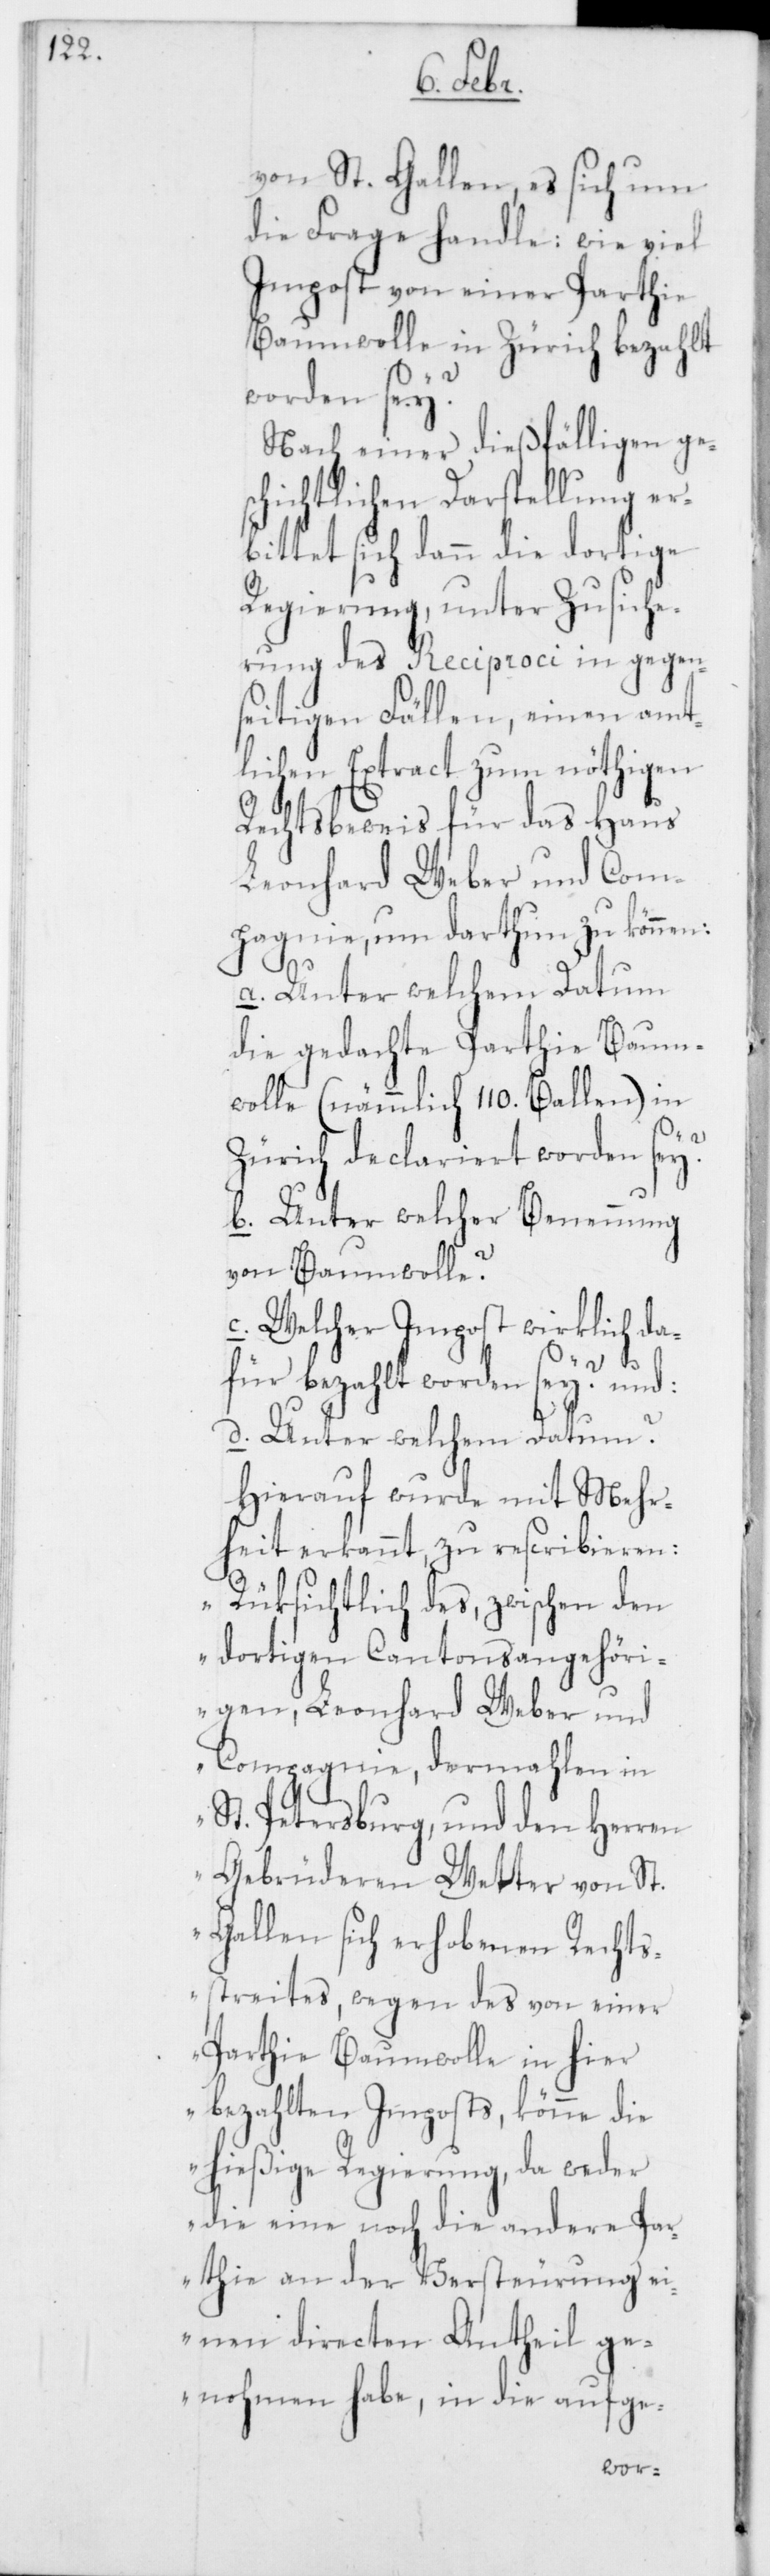
von St. Gallen, es sich um
die Frage handle: wie viel
Impost von einer Parthie
Baumwolle in Zürich bezahlt
worden sey?
Nach einer dießfälligen ges¬
chichtlichen Darstellung er¬
bittet sich dann die dortige
Regierung, unter Zusiche¬
rung des Reciproci in gegen¬
seitigen Fällen, einen amt¬
lichen Extract zum nöthigen
Rechtsbeweis für das Haus
Leonhard Weber und Com¬
pagnie, um darthun zu können:
a. Unter welchem Datum
die gedachte Parthie Baum¬
wolle (nämmlich 110. Ballen) in
Zürich declariert worden sey?
b. Unter welcher Benennung
von Baumwolle?
c. Welcher Impost wirklich da¬
für bezahlt worden sey? und:
d. Unter welchem Datum?
Hierauf wurde mit Mehr¬
heit erkannt, zu rescribieren:
„Rüksichtlich des, zwischen den
dortigen Cantonsangehöri¬
gen, Leonhard Weber und
Compagnie, dermahlen in
St. Petersburg, und den Herren
Gebrüderen Wetter von St.
Gallen sich erhobenen Rechts¬
streites, wegen des von einer
Parthie Baumwolle in hier
bezahlten Imposts, könne die
hießige Regierung, da weder
die eine noch die andere Pa¬
rthie an der Versteurung ei¬
nen directen Antheil ge¬
nohmen habe, in die aufge-